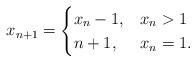
LaTeX: \begin{align*}x_{n+1} = \begin{cases} x_n-1, & x_n >1\\n+1, & x_n = 1.\end{cases}\end{align*}